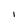
Character: i